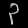
Digit: ၃